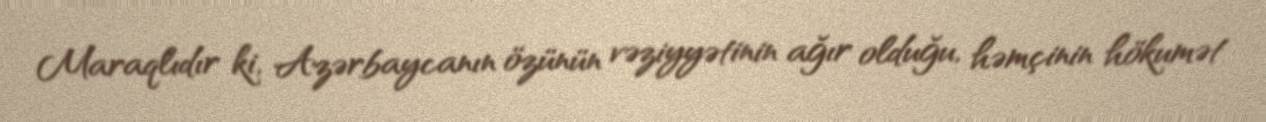
Maraqlıdır ki, Azərbaycanın özünün vəziyyətinin ağır olduğu, həmçinin hökumət